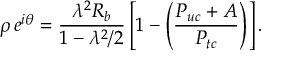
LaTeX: \rho \, e ^ { i \theta } = \frac { \lambda ^ { 2 } R _ { b } } { 1 - \lambda ^ { 2 } / 2 } \left[ 1 - \left( \frac { { \cal P } _ { u c } + { \cal A } } { { \cal P } _ { t c } } \right) \right] .